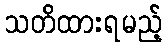
သတိထားရမည့်